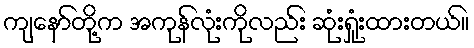
ကျနော်တို့က အကုန်လုံးကိုလည်း ဆုံးရှုံးထားတယ်။